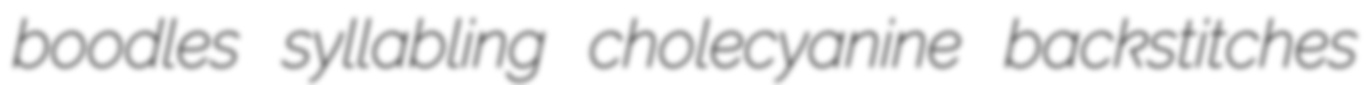
boodles syllabling cholecyanine backstitches